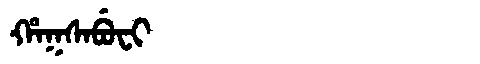
Manchu: ᡥᠠᡴᠰᠠᠪᡠᠸᡳ
Romanization: HAKSABUFI